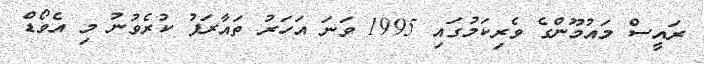
ރައީސް މައުމޫންގެ ވެރިކަމުގައި 1995 ވަނަ އަހަރު ތައާރަފު ކުރެވުނު މި އެވޯޑް